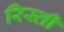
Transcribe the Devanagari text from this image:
रिस्ती